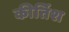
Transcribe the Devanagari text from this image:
कीर्तिश